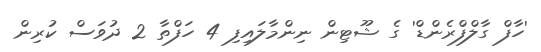
'ހާފް ގާލްފްރެންޑް' ގެ ޝޫޓިން ނިންމާލައިފި 4 ހަފްތާ 2 ދުވަސް ކުރިން